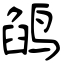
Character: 鹐